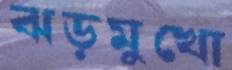
ঝড়মুখো